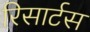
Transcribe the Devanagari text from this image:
रिसार्टस